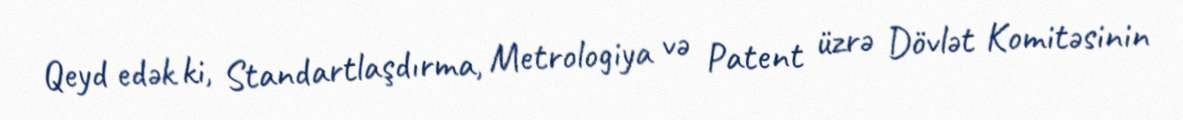
Qeyd edək ki, Standartlaşdırma, Metrologiya və Patent üzrə Dövlət Komitəsinin